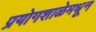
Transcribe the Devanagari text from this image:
प्रयोगशाळेमधून